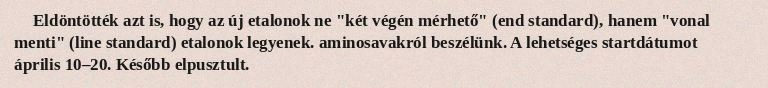
Eldöntötték azt is, hogy az új etalonok ne "két végén mérhető" (end standard), hanem "vonal menti" (line standard) etalonok legyenek. aminosavakról beszélünk. A lehetséges startdátumot április 10–20. Később elpusztult.